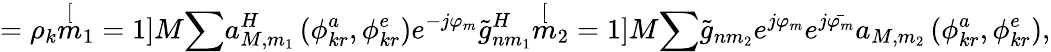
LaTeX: =\rho_{k}\stackrel[m_{1}=1]{M}{\sum}a_{M,m_{1}}^{H}\left(\phi_{kr}^{a},\phi_{kr}^{e}\right)e^{-j\varphi_{m}}\tilde{g}_{nm_{1}}^{H}\stackrel[m_{2}=1]{M}{\sum}\tilde{g}_{nm_{2}}e^{j\varphi_{m}}e^{j\bar{\varphi_{m}}}a_{M,m_{2}}\left(\phi_{kr}^{a},\phi_{kr}^{e}\right),